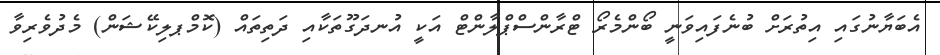
އެބަޔާނުގައި އިތުރަށް ބުނެފައިވަނީ ބޯންމެރޯ ޓްރާންސްޕްލާންޓް އަކީ އުނދަގޫތަކާއި ދަތިތައް (ކޮމްޕލިކޭޝަން) މެދުވެރިވާ